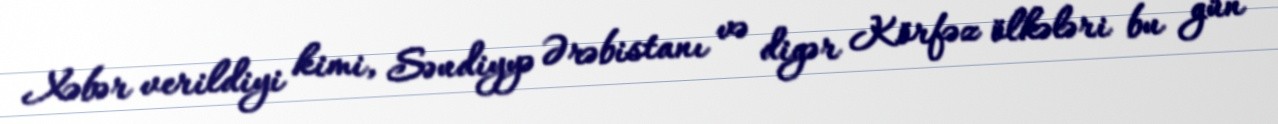
Xəbər verildiyi kimi, Səudiyyə Ərəbistanı və digər Körfəz ölkələri bu gün